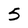
Character: 5